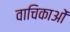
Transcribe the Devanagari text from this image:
वाचिकाओं